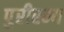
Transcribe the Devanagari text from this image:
पुरीरम्य